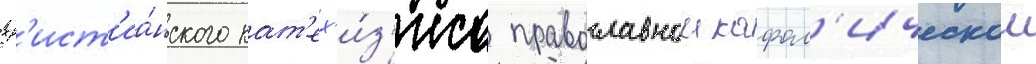
хр'ист'иа́нского кат'ех'и́з'иса православнои кафол'ическои